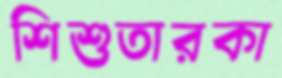
শিশুতারকা